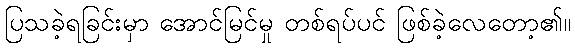
ပြသခဲ့ရခြင်းမှာ အောင်မြင်မှု တစ်ရပ်ပင် ဖြစ်ခဲ့လေတော့၏။